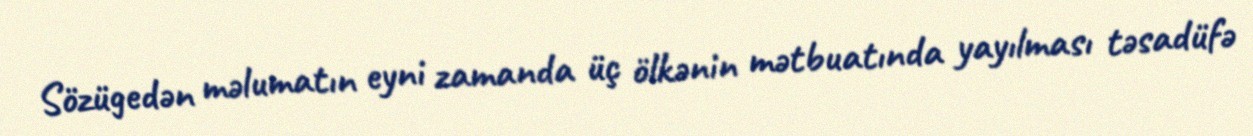
Sözügedən məlumatın eyni zamanda üç ölkənin mətbuatında yayılması təsadüfə